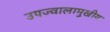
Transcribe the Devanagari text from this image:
उपज्वालामुखीय